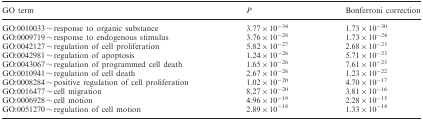
<table><thead><tr><td><b>GO term</b></td><td><b><i>P</i></b></td><td><b>Bonferroni correction</b></td></tr></thead><tbody><tr><td>GO:0010033 ∼ response to organic substance</td><td>3.77 × 10<sup>−34</sup></td><td>1.73 × 10<sup>−30</sup></td></tr><tr><td>GO:0009719 ∼ response to endogenous stimulus</td><td>3.76 × 10<sup>−28</sup></td><td>1.73 × 10<sup>−24</sup></td></tr><tr><td>GO:0042127 ∼ regulation of cell proliferation</td><td>5.82 × 10<sup>−27</sup></td><td>2.68 × 10<sup>−23</sup></td></tr><tr><td>GO:0042981 ∼ regulation of apoptosis</td><td>1.24 × 10<sup>−26</sup></td><td>5.71 × 10<sup>−23</sup></td></tr><tr><td>GO:0043067 ∼ regulation of programmed cell death</td><td>1.65 × 10<sup>−26</sup></td><td>7.61 × 10<sup>−23</sup></td></tr><tr><td>GO:0010941 ∼ regulation of cell death</td><td>2.67 × 10<sup>−26</sup></td><td>1.23 × 10<sup>−22</sup></td></tr><tr><td>GO:0008284 ∼ positive regulation of cell proliferation</td><td>1.02 × 10<sup>−20</sup></td><td>4.70 × 10<sup>−17</sup></td></tr><tr><td>GO:0016477 ∼ cell migration</td><td>8.27 × 10<sup>−20</sup></td><td>3.81 × 10<sup>−16</sup></td></tr><tr><td>GO:0006928 ∼ cell motion</td><td>4.96 × 10<sup>−19</sup></td><td>2.28 × 10<sup>−15</sup></td></tr><tr><td>GO:0051270 ∼ regulation of cell motion</td><td>2.89 × 10<sup>−18</sup></td><td>1.33 × 10<sup>−14</sup></td></tr></tbody></table>